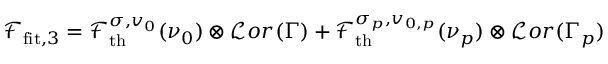
\mathcal { F } _ { \mathrm { f i t } , 3 } = \mathcal { F } _ { \mathrm { t h } } ^ { \sigma , v _ { 0 } } ( \nu _ { 0 } ) \otimes \mathcal { L } o r ( \Gamma ) + \mathcal { F } _ { \mathrm { t h } } ^ { \sigma _ { p } , v _ { 0 , p } } ( \nu _ { p } ) \otimes \mathcal { L } o r ( \Gamma _ { p } )